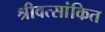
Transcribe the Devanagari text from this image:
श्रीवत्सांकित